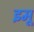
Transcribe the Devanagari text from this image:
इमू